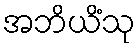
အဘိယိံသု